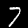
Digit: 7